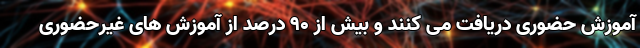
آموزش حضوری دریافت می کنند و بیش از ۹۰ درصد از آموزش های غیرحضوری